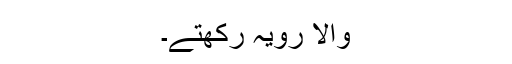
والا رویہ رکھتے۔